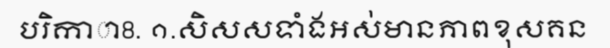
បរិកាា8. ១.សិសសទាំងអស់មានភាពខុសគន